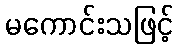
မကောင်းသဖြင့်